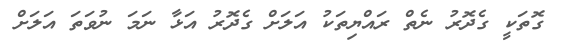
ގޮތަކީ ގެދޮރު ނެތް ރައްޔިތަކު އަލަށް ގެދޮރު އަޅާ ނަމަ ނުވަތަ އަލަށް